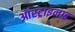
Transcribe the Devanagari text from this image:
ऑस्ट्राइनाइ